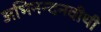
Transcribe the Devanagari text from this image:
अभिनन्दनवीथी